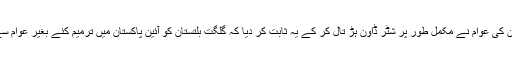
جسکو گزشتہ دنوں گلگت بلتستان کی عوام نے مکمل طور پر شٹر ڈاون ہڑ تال کر کے یہ ثابت کر دیا کہ گلگت بلتستان کو آئین پاکستان میں ترمیم کئے بغیر عوام سے ٹیکس وصول نہیں کرے گی۔